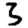
Digit: 3